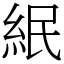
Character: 䋋